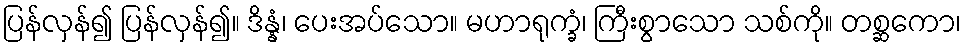
ပြန်လှန်၍ ပြန်လှန်၍။ ဒိန္နံ၊ ပေးအပ်သော။ မဟာရုက္ခံ၊ ကြီးစွာသော သစ်ကို။ တစ္ဆကော၊